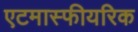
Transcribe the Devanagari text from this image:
एटमास्फीयरिक